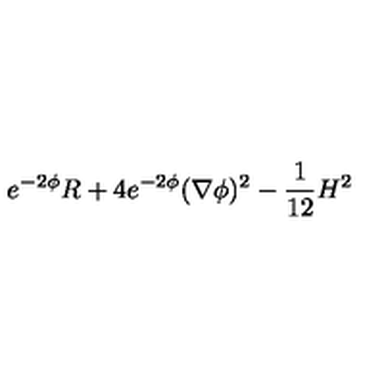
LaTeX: e ^ { - 2 \phi } R + 4 e ^ { - 2 \phi } ( \nabla \phi ) ^ { 2 } - { \frac { 1 } { 1 2 } } H ^ { 2 }